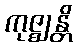
ကုဇ္ဈန္တိ